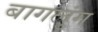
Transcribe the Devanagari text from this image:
बागलुंग